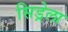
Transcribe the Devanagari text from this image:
सिड्रेला